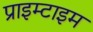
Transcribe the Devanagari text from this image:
प्राइम्टाइम